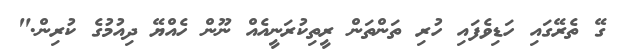
ގޭ ތެރޭގައި ހަޑިވެފައި ހުރި ތަންތަން ރީތިކުރަނީއެއް ނޫން ހެއްޔޭ ދިއުމުގެ ކުރިން."